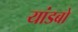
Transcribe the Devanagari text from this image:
यांडबो